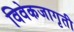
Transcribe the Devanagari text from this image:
विवेकजागृती